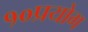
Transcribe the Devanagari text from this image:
१०प्रयोग